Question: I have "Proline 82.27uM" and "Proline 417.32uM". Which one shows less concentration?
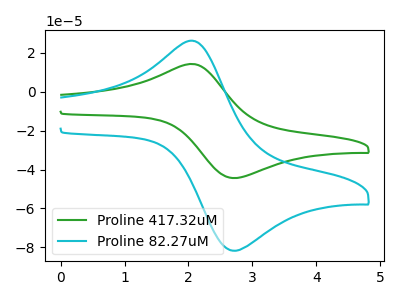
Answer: <think>The green curve "Proline 417.32uM" has an anodic peak at (2.10V, 14.00uA) and a cathodic peak at (2.75V, -44.35uA). The cyan curve "Proline 82.27uM" has an anodic peak at (2.10V, 25.75uA) and a cathodic peak at (2.75V, -81.60uA).
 All the peaks in "Proline 82.27uM" have a peak in "Proline 417.32uM" at the same potential. Every peak in "Proline 82.27uM" is higher than every peak in "Proline 417.32uM".</think>
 <answer>"Proline 82.27uM" has more signal than "Proline 417.32uM" and so likely has a higher concentration.</answer>
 <eval>more_concentration</eval>